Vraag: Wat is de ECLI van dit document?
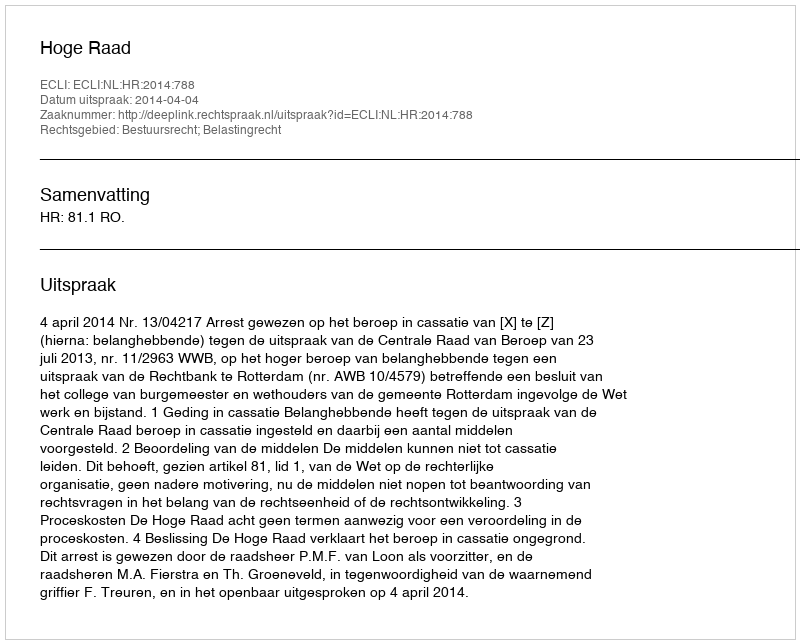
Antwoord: ECLI:NL:HR:2014:788